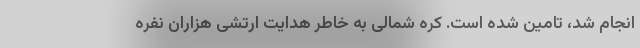
انجام شد، تامین شده است. کره شمالی به خاطر هدایت ارتشی هزاران نفره